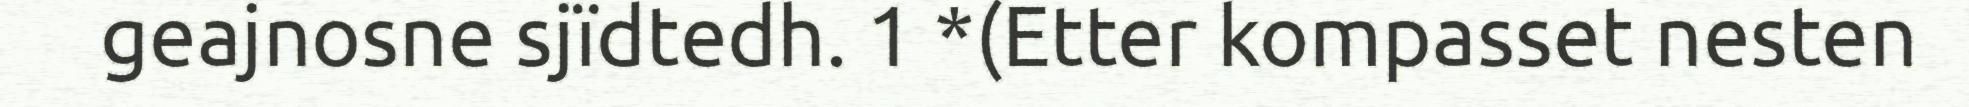
geajnosne sjïdtedh. 1 *(Etter kompasset nesten